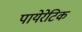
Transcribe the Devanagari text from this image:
पायेरेटिक